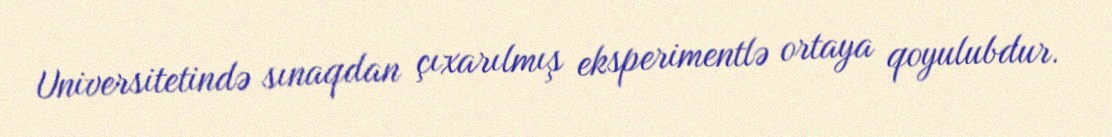
Universitetində sınaqdan çıxarılmış eksperimentlə ortaya qoyulubdur.